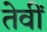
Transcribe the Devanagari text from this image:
तेवीं